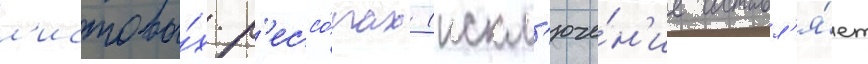
л'истовы́х р'ессо́рах (искл'юче́н'ие составл'я́ет